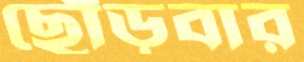
ছোঁড়বার